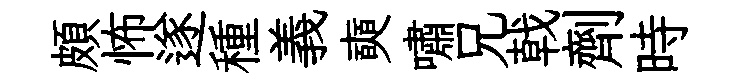
頗怖遂種義奭嘯兄戟劑時